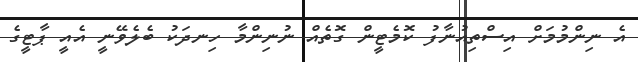
އެ ނިންމުމަށް އިސްތިއުނާފު ކޮމެޓީން ގޮތެއް ނުނިންމާ ހިނދަކު ބެލެވޭނީ އެއީ ޕާޓީގެ